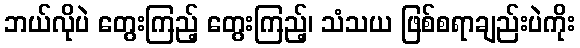
ဘယ်လိုပဲ တွေးကြည့် တွေးကြည့်၊ သံသယ ဖြစ်စရာချည်းပဲကိုး